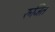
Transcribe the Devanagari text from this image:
रुजित